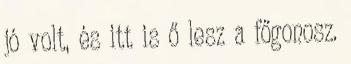
jó volt, és itt is ő lesz a főgonosz.